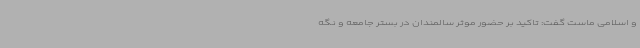
و اسلامی ماست گفت: تاکید بر حضور موثر سالمندان در بستر جامعه و نگه